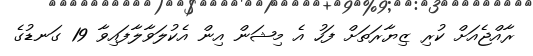
ރާއްޖެއަށް ކުރި ޒިޔާރަތަށް ފަހު އެ މިޝަން އިން އެކުލަވާލާފައިވާ 19 ގަނޑުގެ